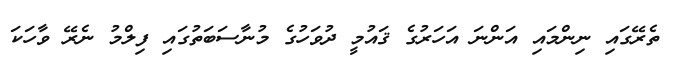
ތެރޭގައި ނިންމައި އަންނަ އަހަރުގެ ޤައުމީ ދުވަހުގެ މުނާސަބަތުގައި ފިލްމު ނެރޭ ވާހަކަ